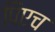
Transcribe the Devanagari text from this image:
पिएच